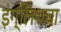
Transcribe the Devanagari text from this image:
इंग्लिशचा